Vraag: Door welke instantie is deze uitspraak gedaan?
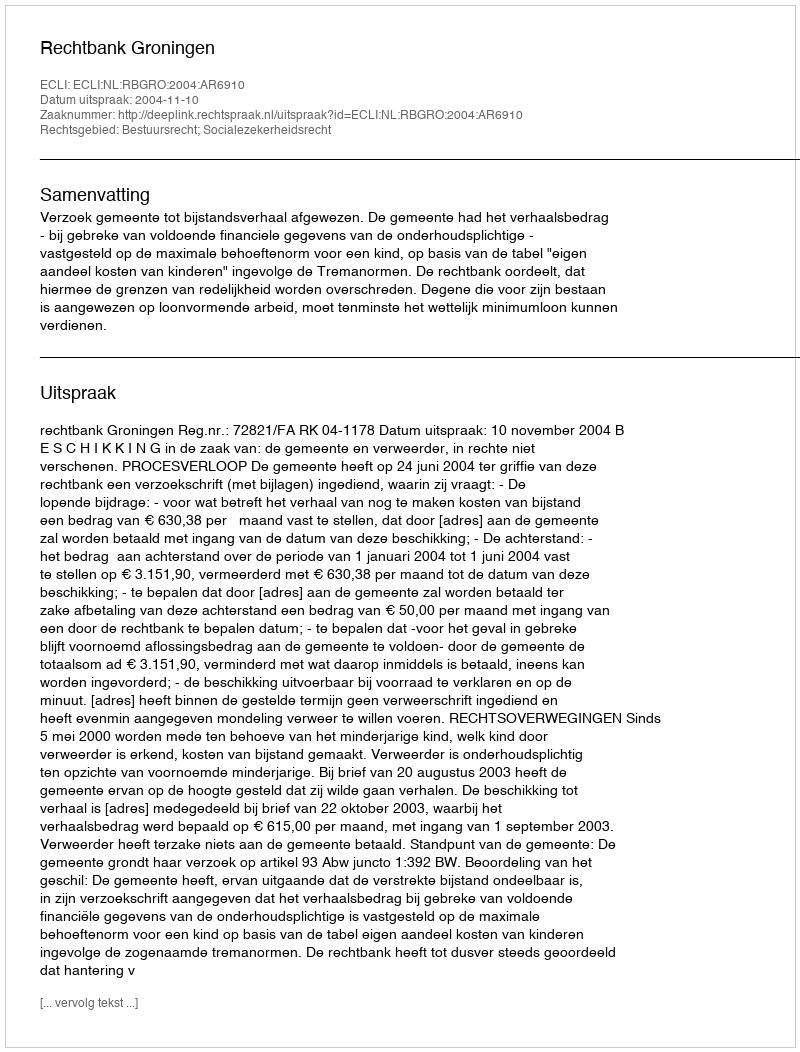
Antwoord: Rechtbank Groningen